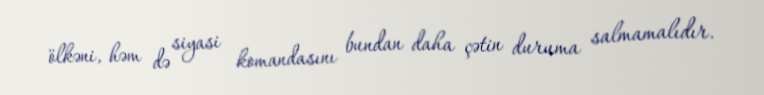
ölkəni, həm də siyasi komandasını bundan daha çətin duruma salmamalıdır.